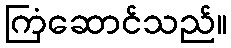
ကြံဆောင်သည်။